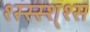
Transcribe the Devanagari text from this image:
श्स्स्स्श्श्स